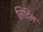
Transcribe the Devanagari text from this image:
लिर्टिल